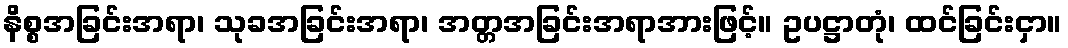
နိစ္စအခြင်းအရာ၊ သုခအခြင်းအရာ၊ အတ္တအခြင်းအရာအားဖြင့်။ ဥပဋ္ဌာတုံ၊ ထင်ခြင်းငှာ။